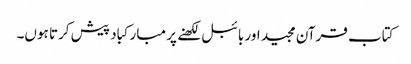
کتاب قرآن مجید اور بائبل لکھنے پر مبارکباد پیش کرتا ہوں۔